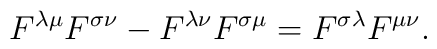
F^{\lambda \mu} F^{\sigma \nu} - F^{\lambda \nu} F^{\sigma \mu} =F^{\sigma \lambda} F^{\mu \nu}.